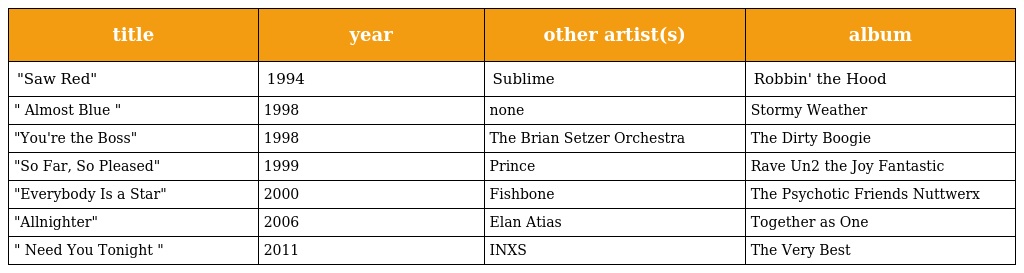
| title | year | other artist(s) | album |
 | --- | --- | --- | --- |
 | "Saw Red" | 1994 | Sublime | Robbin' the Hood |
 | " Almost Blue " | 1998 | none | Stormy Weather |
 | "You're the Boss" | 1998 | The Brian Setzer Orchestra | The Dirty Boogie |
 | "So Far, So Pleased" | 1999 | Prince | Rave Un2 the Joy Fantastic |
 | "Everybody Is a Star" | 2000 | Fishbone | The Psychotic Friends Nuttwerx |
 | "Allnighter" | 2006 | Elan Atias | Together as One |
 | " Need You Tonight " | 2011 | INXS | The Very Best |